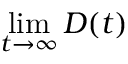
\operatorname* { l i m } _ { t \rightarrow \infty } D ( t )